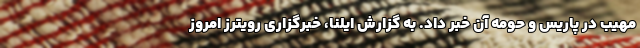
مهیب در پاریس و حومه آن خبر داد. به گزارش ایلنا، خبرگزاری رویترز امروز